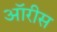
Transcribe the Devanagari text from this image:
ऑरीस